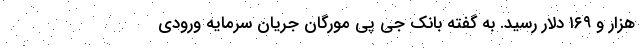
هزار و ۱۶۹ دلار رسید. به گفته بانک جی پی مورگان جریان سرمایه ورودی